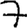
Digit: 7